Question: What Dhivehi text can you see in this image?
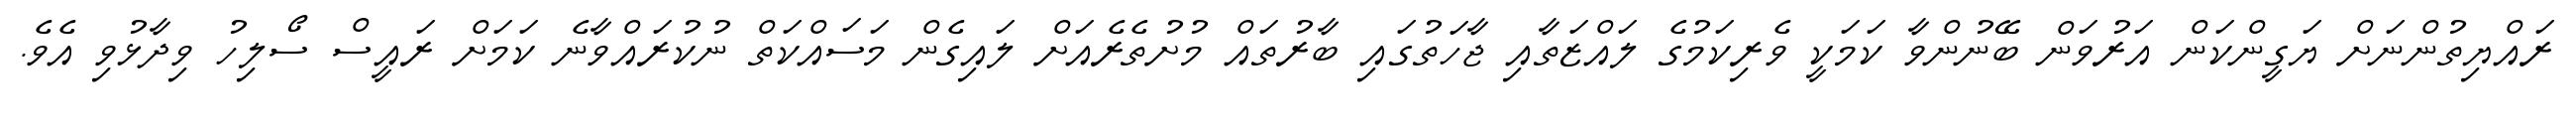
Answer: ރައްޔިތުންނަށް ޔަގީންކަން އަރުވަން ބޭނުންވާ ކަމަކީ ވެރިކަމުގެ ލައްޒަތާއި ޖާހަތުގައި ބާރުތައް މުށުތެރެއަށް ލައިގެން މަސައްކަތް ނުކުރައްވާނެ ކަމަށް ރައީސް ސޯލިހު ވިދާޅުވި އެވެ.